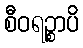
စီဝရဉ္စာပိ